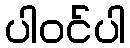
ပါဝင်ပါ